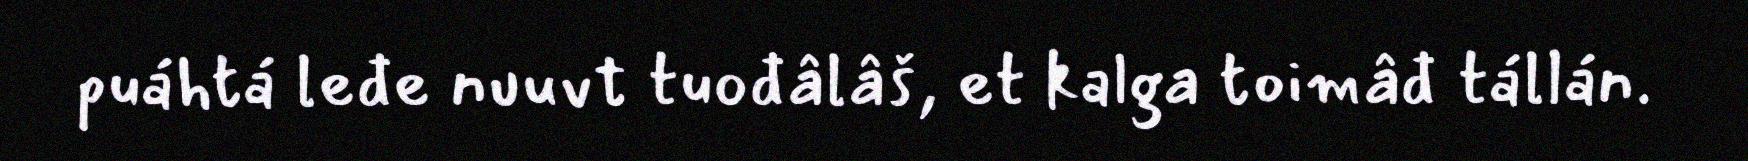
puáhtá leđe nuuvt tuođâlâš, et kalga toimâđ tállán.